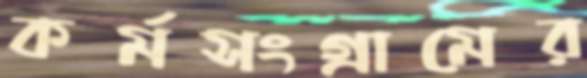
কর্মসংগ্রামের